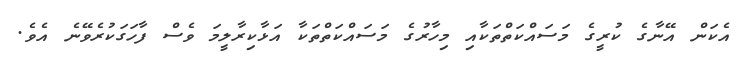
އެކަން އޭނާގެ ކުރީގެ މަސައްކަތްތަކާއި މިހާރުގެ މަސައްކަތްތަކާ އަޅާކިރާލީމަ ވެސް ފާހަގަކުރެވޭނެ އެވެ.